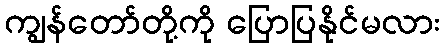
ကျွန်တော်တို့ကို ပြောပြနိုင်မလား